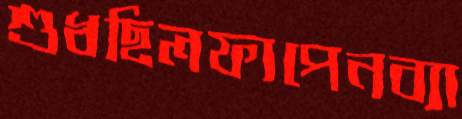
শুধছিলফাপেনব্যা